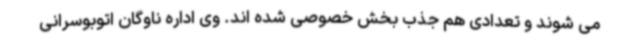
می شوند و تعدادی هم جذب بخش خصوصی شده اند. وی اداره ناوگان اتوبوسرانی